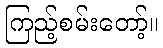
ကြည့်စမ်းတော့်။